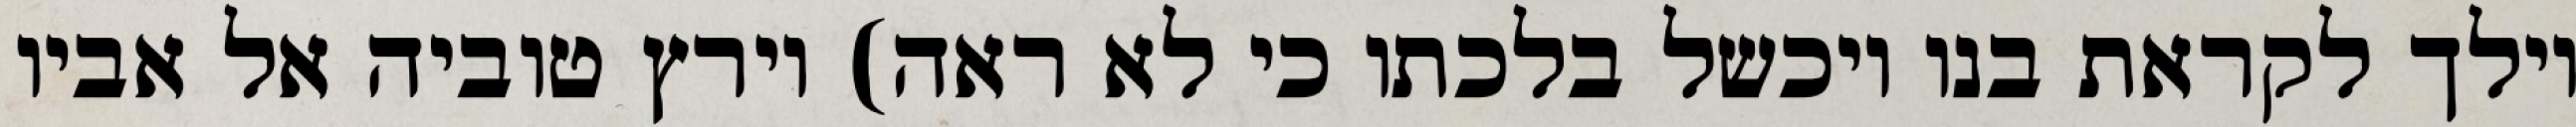
וילך לקראת בנו ויכשל בלכתו כי לא ראה) וירץ טוביה אל אביו